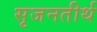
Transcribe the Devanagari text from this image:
सृजनतीर्थ